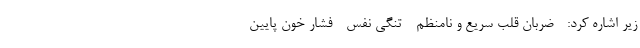
زیر اشاره کرد: - ضربان قلب سریع و نامنظم - تنگی نفس - فشار خون پایین